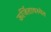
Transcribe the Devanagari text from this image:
ऊर्जितावस्थेत